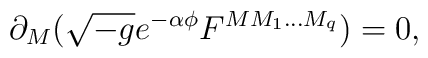
\partial _{M}(\sqrt{-g}e^{-\alpha \phi}F^{MM_{1}...M_{q}})=0,